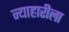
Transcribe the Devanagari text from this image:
न्याहारीला